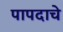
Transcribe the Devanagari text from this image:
पापदाचे